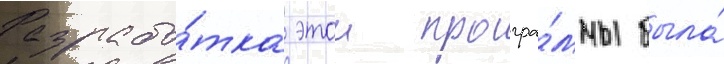
Разрабо́тка этои програ́ммы была́